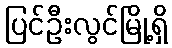
ပြင်ဦးလွင်မြို့ရှိ